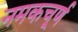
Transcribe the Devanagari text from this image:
नमकचूर्ण